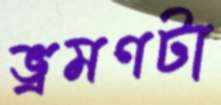
ভ্রমণটা